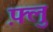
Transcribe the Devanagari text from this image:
फ़्लु